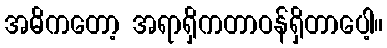
အဓိကတော့ အရာရှိကတာဝန်ရှိတာပေါ့။